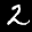
Label: 2